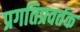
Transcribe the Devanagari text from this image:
प्रगतिप्रवर्तक